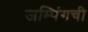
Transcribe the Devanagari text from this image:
जम्पिंगची